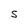
Character: S